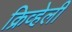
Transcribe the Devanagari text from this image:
क्रिव्हेली